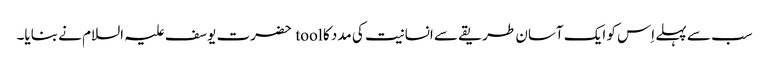
سب سے پہلے اِس کو ایک آسان طریقے سے انسانیت کی مدد کا tool حضرت یوسف علیہ السلام نے بنایا۔